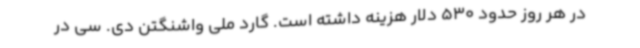
در هر روز حدود 530 دلار هزینه داشته است. گارد ملی واشنگتن دی. سی در